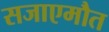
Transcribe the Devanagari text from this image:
सजाएमौत